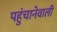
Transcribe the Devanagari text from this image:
पहुंचानेवाली